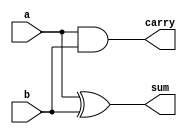
module halfadder(sum,carry,a,b);
input a,b;
output sum,carry;
assign sum= a ^ b;
assign carry = a &b;
endmodule